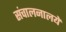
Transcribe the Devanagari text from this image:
संचालनालये